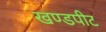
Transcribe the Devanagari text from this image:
खण्डपीट